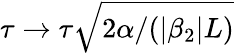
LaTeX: \tau\rightarrow\tau\sqrt{2\alpha/(|\beta_{2}|L)}